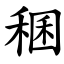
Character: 稛